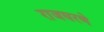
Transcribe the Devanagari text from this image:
राजघरणे